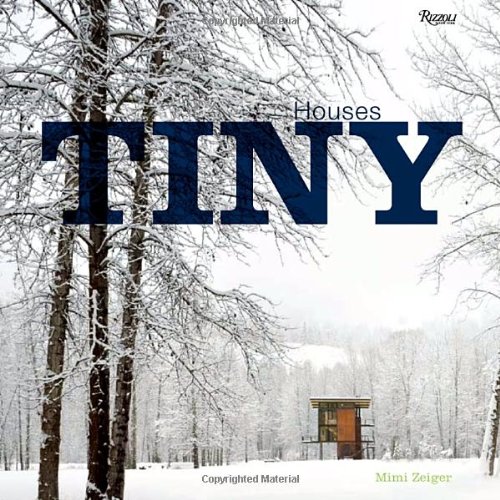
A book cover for Tiny Houses; Mimi Zeiger; Arts & Photography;